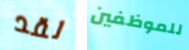
لقد للموظفين